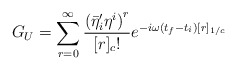
\begin{align*}G_U = \sum_{r=0}^{\infty} \frac{ { ( {{\bar{\eta}}^{\prime}}_i{\eta}^i)}^r}{[r]_c!}e^{-i\omega (t_f-t_i)[r]_{1/c}}\end{align*}